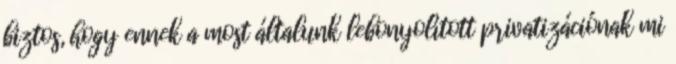
biztos, hogy ennek a most általunk lebonyolított privatizációnak mi